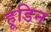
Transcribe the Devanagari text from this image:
हूडिन